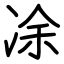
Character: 凃